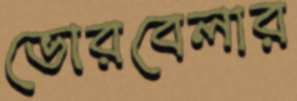
ভোরবেলার